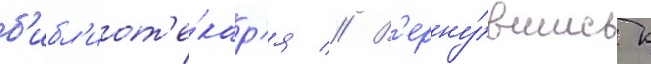
б'ибл'иот'е́кар'я // В'ерну́вшись к